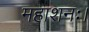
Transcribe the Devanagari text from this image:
महाशनः।